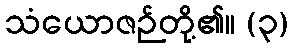
သံယောဇဉ်တို့၏။ (၃)